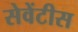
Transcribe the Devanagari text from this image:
सेवेंटीस